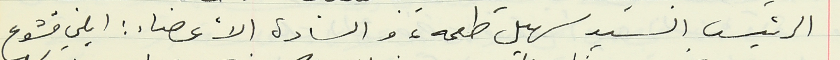
الرئيس السيد سهيل طعمه، والسادة الأعضاء : ايلي قشوع